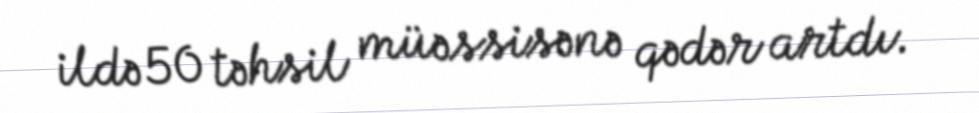
ildə 50 təhsil müəssisənə qədər artdı.